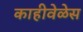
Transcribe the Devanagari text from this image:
काहीवेळेस